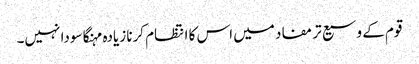
قوم کے وسیع تر مفاد میں اس کا انتظام کرنا زیادہ مہنگا سودا نہیں۔